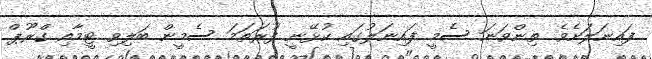
ފައިނަލަށެވެ. ތިންވަނަ ސެމީ ފައިނަލުގައި ކުޅޭނީ ފުރަތަމަ ސެމީން ބަލިވި ޓީމާއި ގްރޫޕް